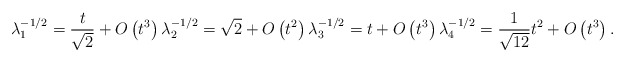
\begin{align*}\lambda_1^{-1/2} = \frac{t}{\sqrt{2}}+O \left( {t}^{3} \right) \lambda_2^{-1/2} = \sqrt {2}+O \left( {t}^{2} \right) \lambda_3^{-1/2} = t+O \left( {t}^{3} \right) \lambda_4^{-1/2} = \frac{1}{\sqrt{12}}t^2 + O \left( {t}^{3} \right).\end{align*}